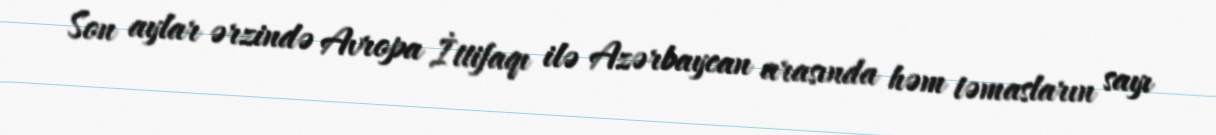
Son aylar ərzində Avropa İttifaqı ilə Azərbaycan arasında həm təmasların sayı